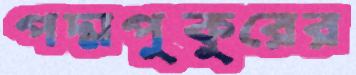
পদ্মপুকুরের